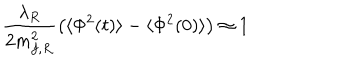
\frac { \lambda _ { R } } { 2 m _ { f , R } ^ { 2 } } \left( \langle \Phi ^ { 2 } ( t ) \rangle - \langle \Phi ^ { 2 } ( 0 ) \rangle \right) \approx 1